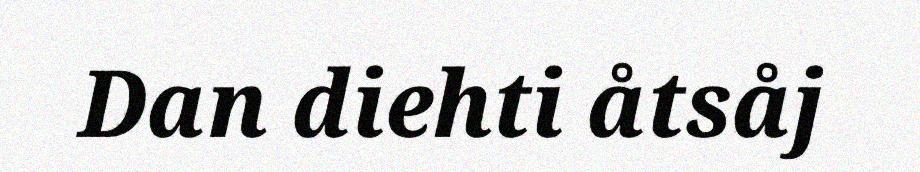
Dan diehti åtsåj